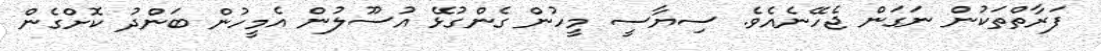
ފަރާތްތަކުން ނަގަން ޖެހޭނެއެވެ. ސިޔާސީ މީހުން ގެންގުޅޭ އުސޫލުން އެމީހުން ބަންދު ކޮށްގެން